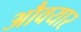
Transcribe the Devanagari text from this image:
औवयार